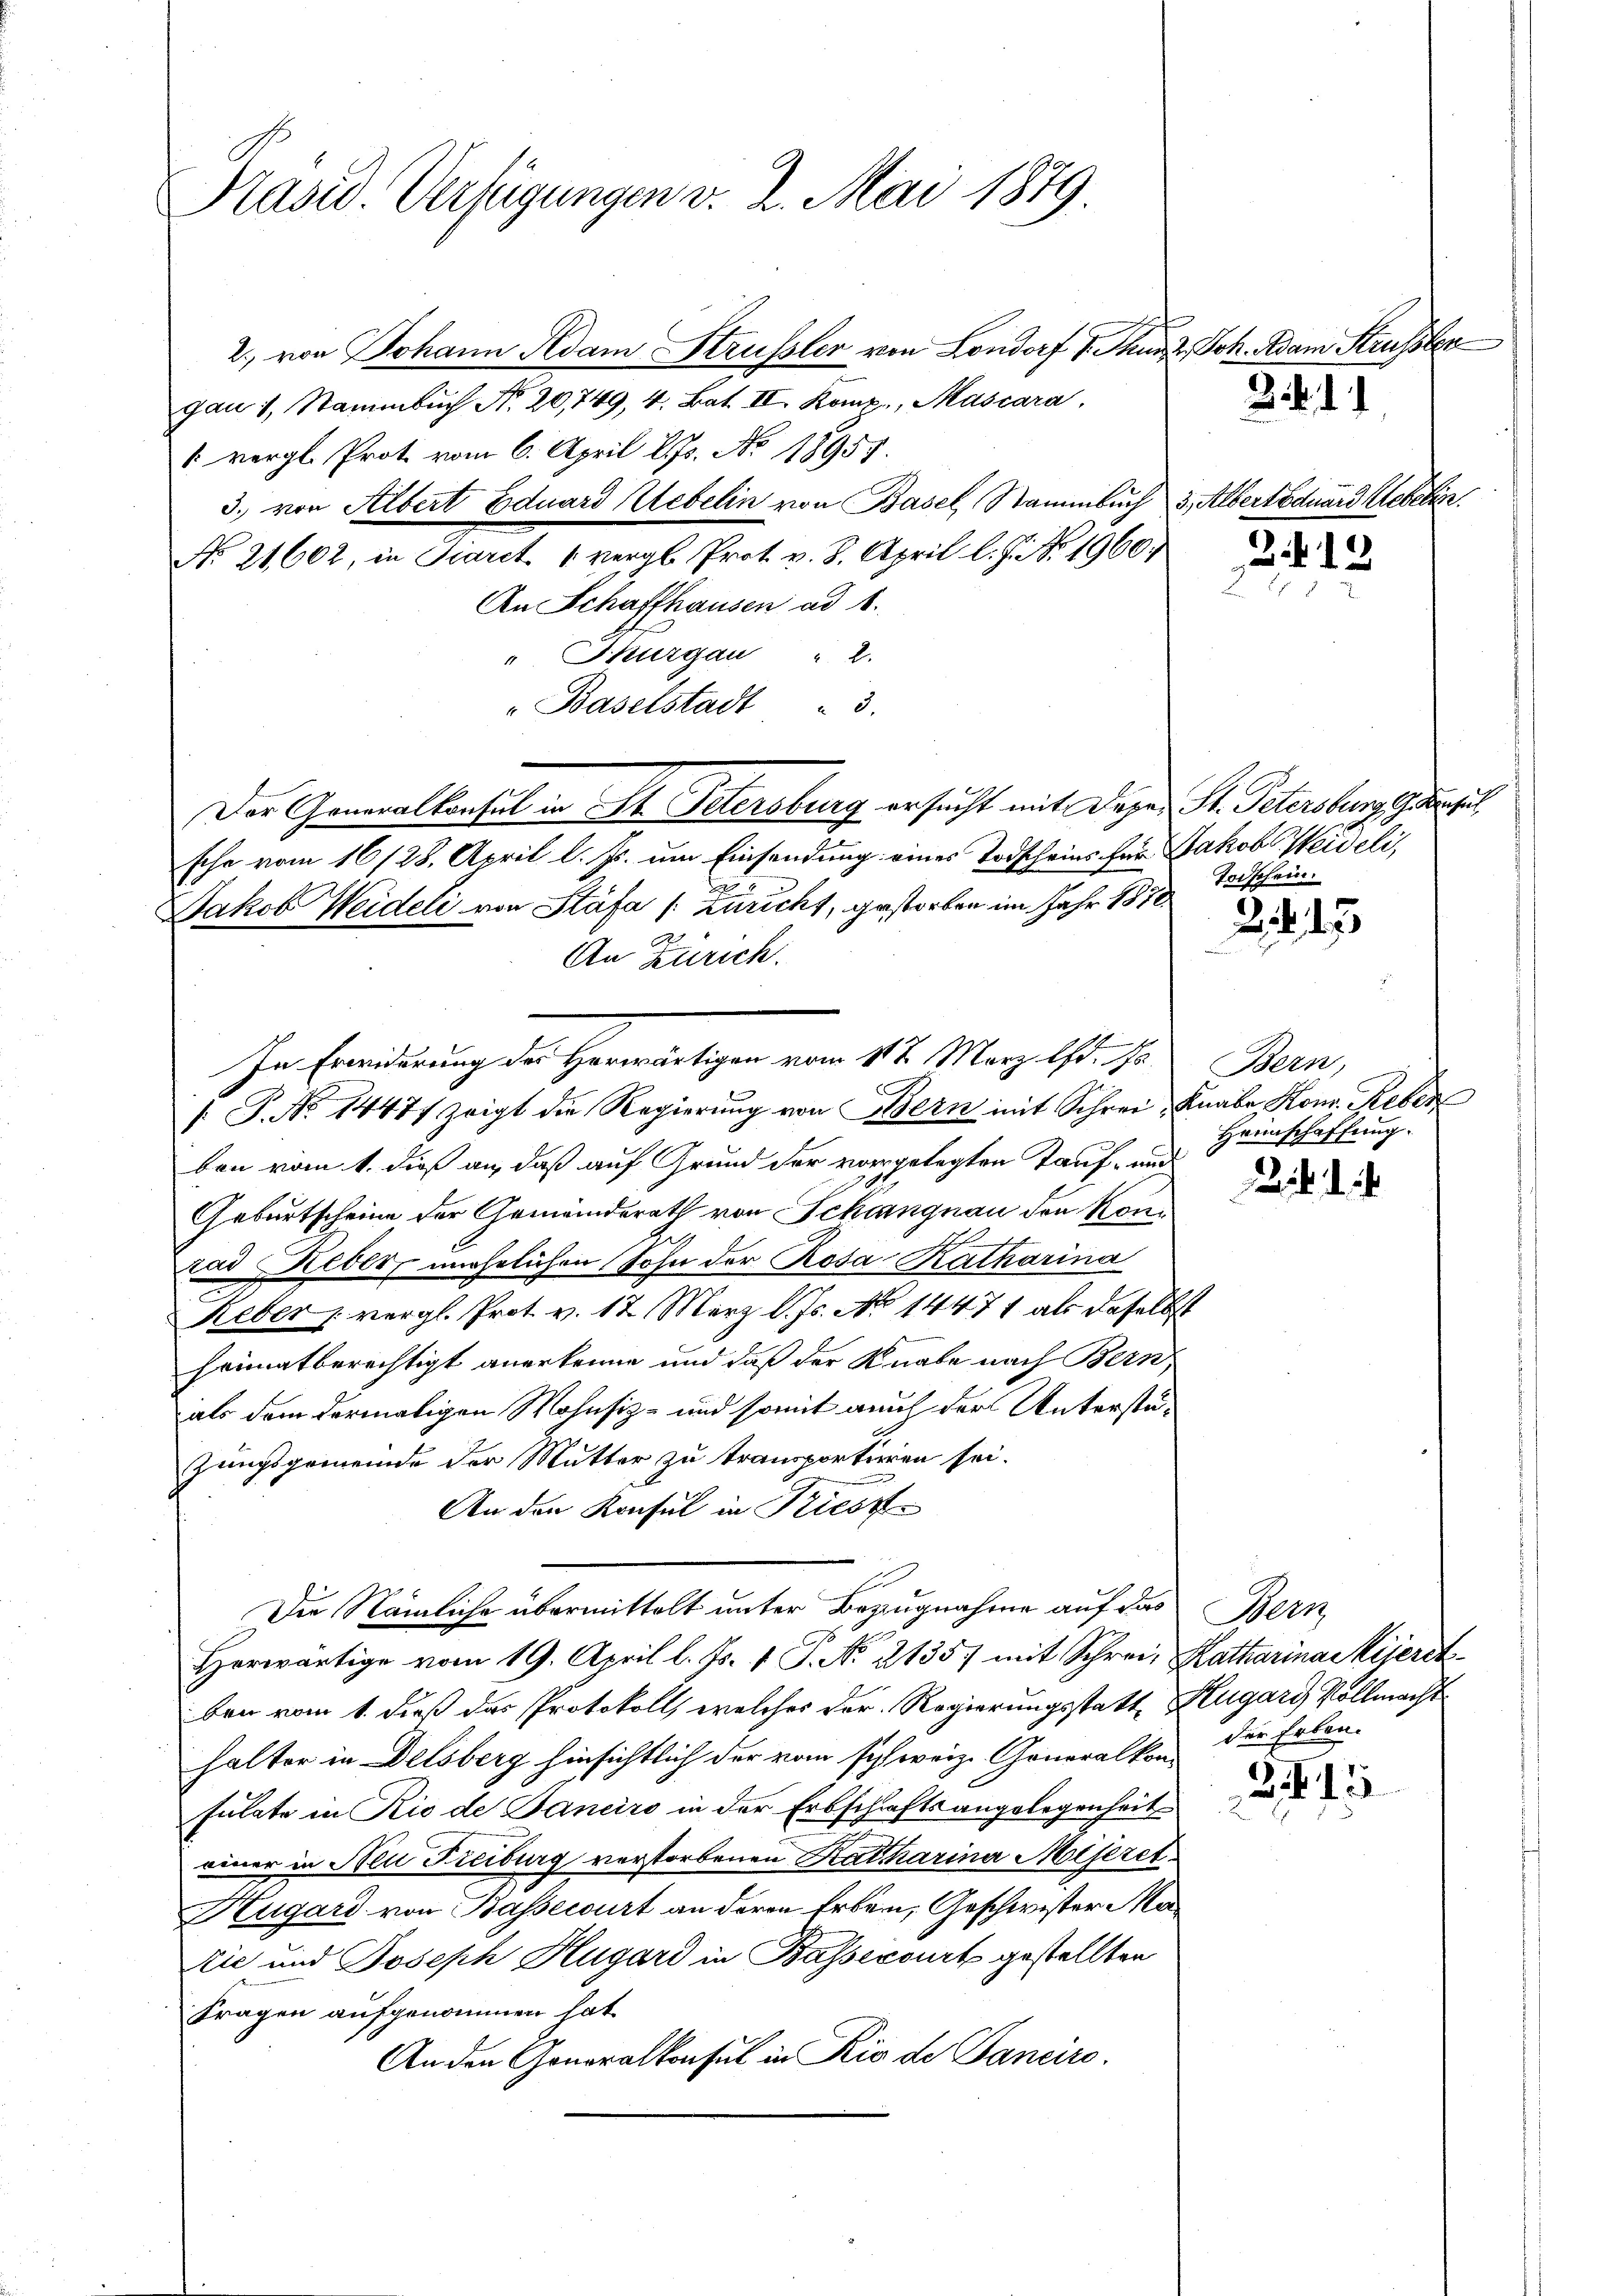
Präsid. Verfügungen v. 2. Mai 1879.

2. von Johann Adam Strüssler von Londorf 1. Thurz, Joh. Adam Strassber
gau 1, Stammbŭch No. 20,749, 4. Bat. II. Komp., Mascara.
" vergl. Prot. vom 6. April l. Js. No. 18955.
3. von Albert Eduard Uebelin von Basel, Stammbuch 3. Albertéduard Ueber
No. 21602, in Fiaret u vergl. Prot. v. 8. April l. J. No. 1960.
An Schaffhausen ad 1.
" Thurgau " 2.
Baselstadt 3.
Der Generalkonsul in St. Petersburg ersucht mit Deper St. Petersburg geregel
sche vom 16/28. April l. Js. um Einsendung eines Todscheins für Jakob Weideli,
Jakob Weideli von Stäfa [Züricht, gestorben im Jahr 1810.
An Zürich.
/. P. No 1447) zeigt die Regierŭng von Bern mit Schrei Knabe, Konr. Reber
ben vom 1. dieß an, daß auf Grund der vorgelegten Tauf- und
Geburtscheine der Gemeinderath von Schangnau den konn
rad Keber, unehelichen Sohn der Rosa Katharina
Keber vergl. Prot. v. 17. März l. Js. No 14471 als daselbst
heimatberechtigt anerkenne und daß der Knabe nach Bern
als dem dermaligen Wohnsitz- und somit auch der Unterstüzungsgemeinde der Mutter zu transportieren sei.
An den Konsul in Kiesz¬
E
Die Nämliche übermittelt unter Bezugnahme auf das Bern
Herwärtige vom 19. April l. Js. v. J. No. 2135) mit Schrei Katharina Kijeret
ben vom 1. dieß das Protokoll, welches der Regierungsstatt Fugary, Vollmacht
halter in Delsberg hinsichtlich der vom sich weiz. Generalkonfülate in Rio de Janeiro in der Erbschaftsangelegenheit
einer in Neu Freiburg verstorbenen Katharina Moseret
Augard von Bassecourt an deren Erben, Geschwister Ma¬
Nie und Joseph Hugard in Bassecourt gestellten
Fragen aufgenommen hat
An den Honoralkonsul in Rio de Panciro.

In Erwiderung der Herwärtigen vom 112. März l. Js.

. 8. d. d.

213

Todschein.

2. d. 23

Bern,
Heimschaffung.

. d.

der Erben-

2.14 15

s